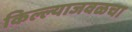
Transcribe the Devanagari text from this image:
किल्ल्याजवळचा